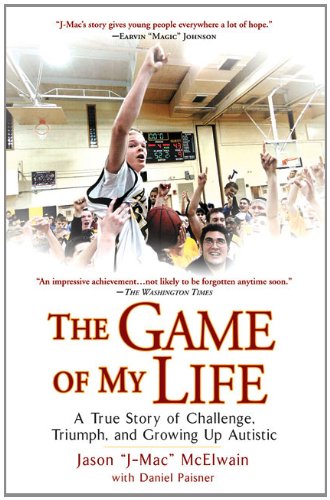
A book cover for The Game of My Life: A True Story of Challenge, Triumph, and Growing Up Autistic; Jason J-Mac McElwain; Biographies & Memoirs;